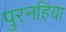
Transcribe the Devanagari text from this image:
पुरनहिया